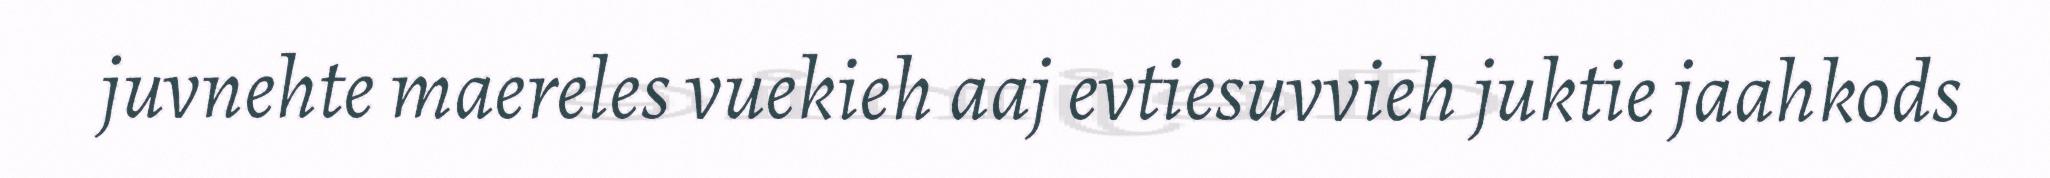
juvnehte maereles vuekieh aaj evtiesuvvieh juktie jaahkods